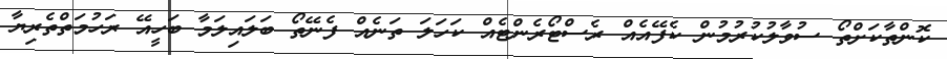
ކޮންތާކަށްތޯ ސުވާލުކުރުމުން ކެފޭއެއް ރެސްޓޯރެންޓެއް ކަހަލަ ތަނެއް ފެނޭތޯ ބަލައިލަމާ ބަހީއޭ ރަހުމަތްތެރިޔާ